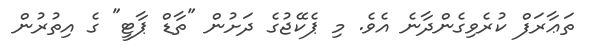
ތަޢާރަފް ކުރެވިގެންދާނެ އެވެ. މި ޕެކޭޖުގެ ދަށުން "ތާޑް ޕާޓީ" ގެ އިތުރުން